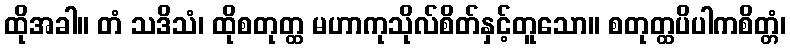
ထိုအခါ။ တံ သဒိသံ၊ ထိုစတုတ္ထ မဟာကုသိုလ်စိတ်နှင့်တူသော။ စတုတ္ထပိပါကစိတ္တံ၊